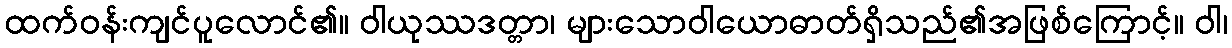
ထက်ဝန်းကျင်ပူလောင်၏။ ဝါယုဿဒတ္တာ၊ များသောဝါယောဓာတ်ရှိသည်၏အဖြစ်ကြောင့်။ ဝါ၊